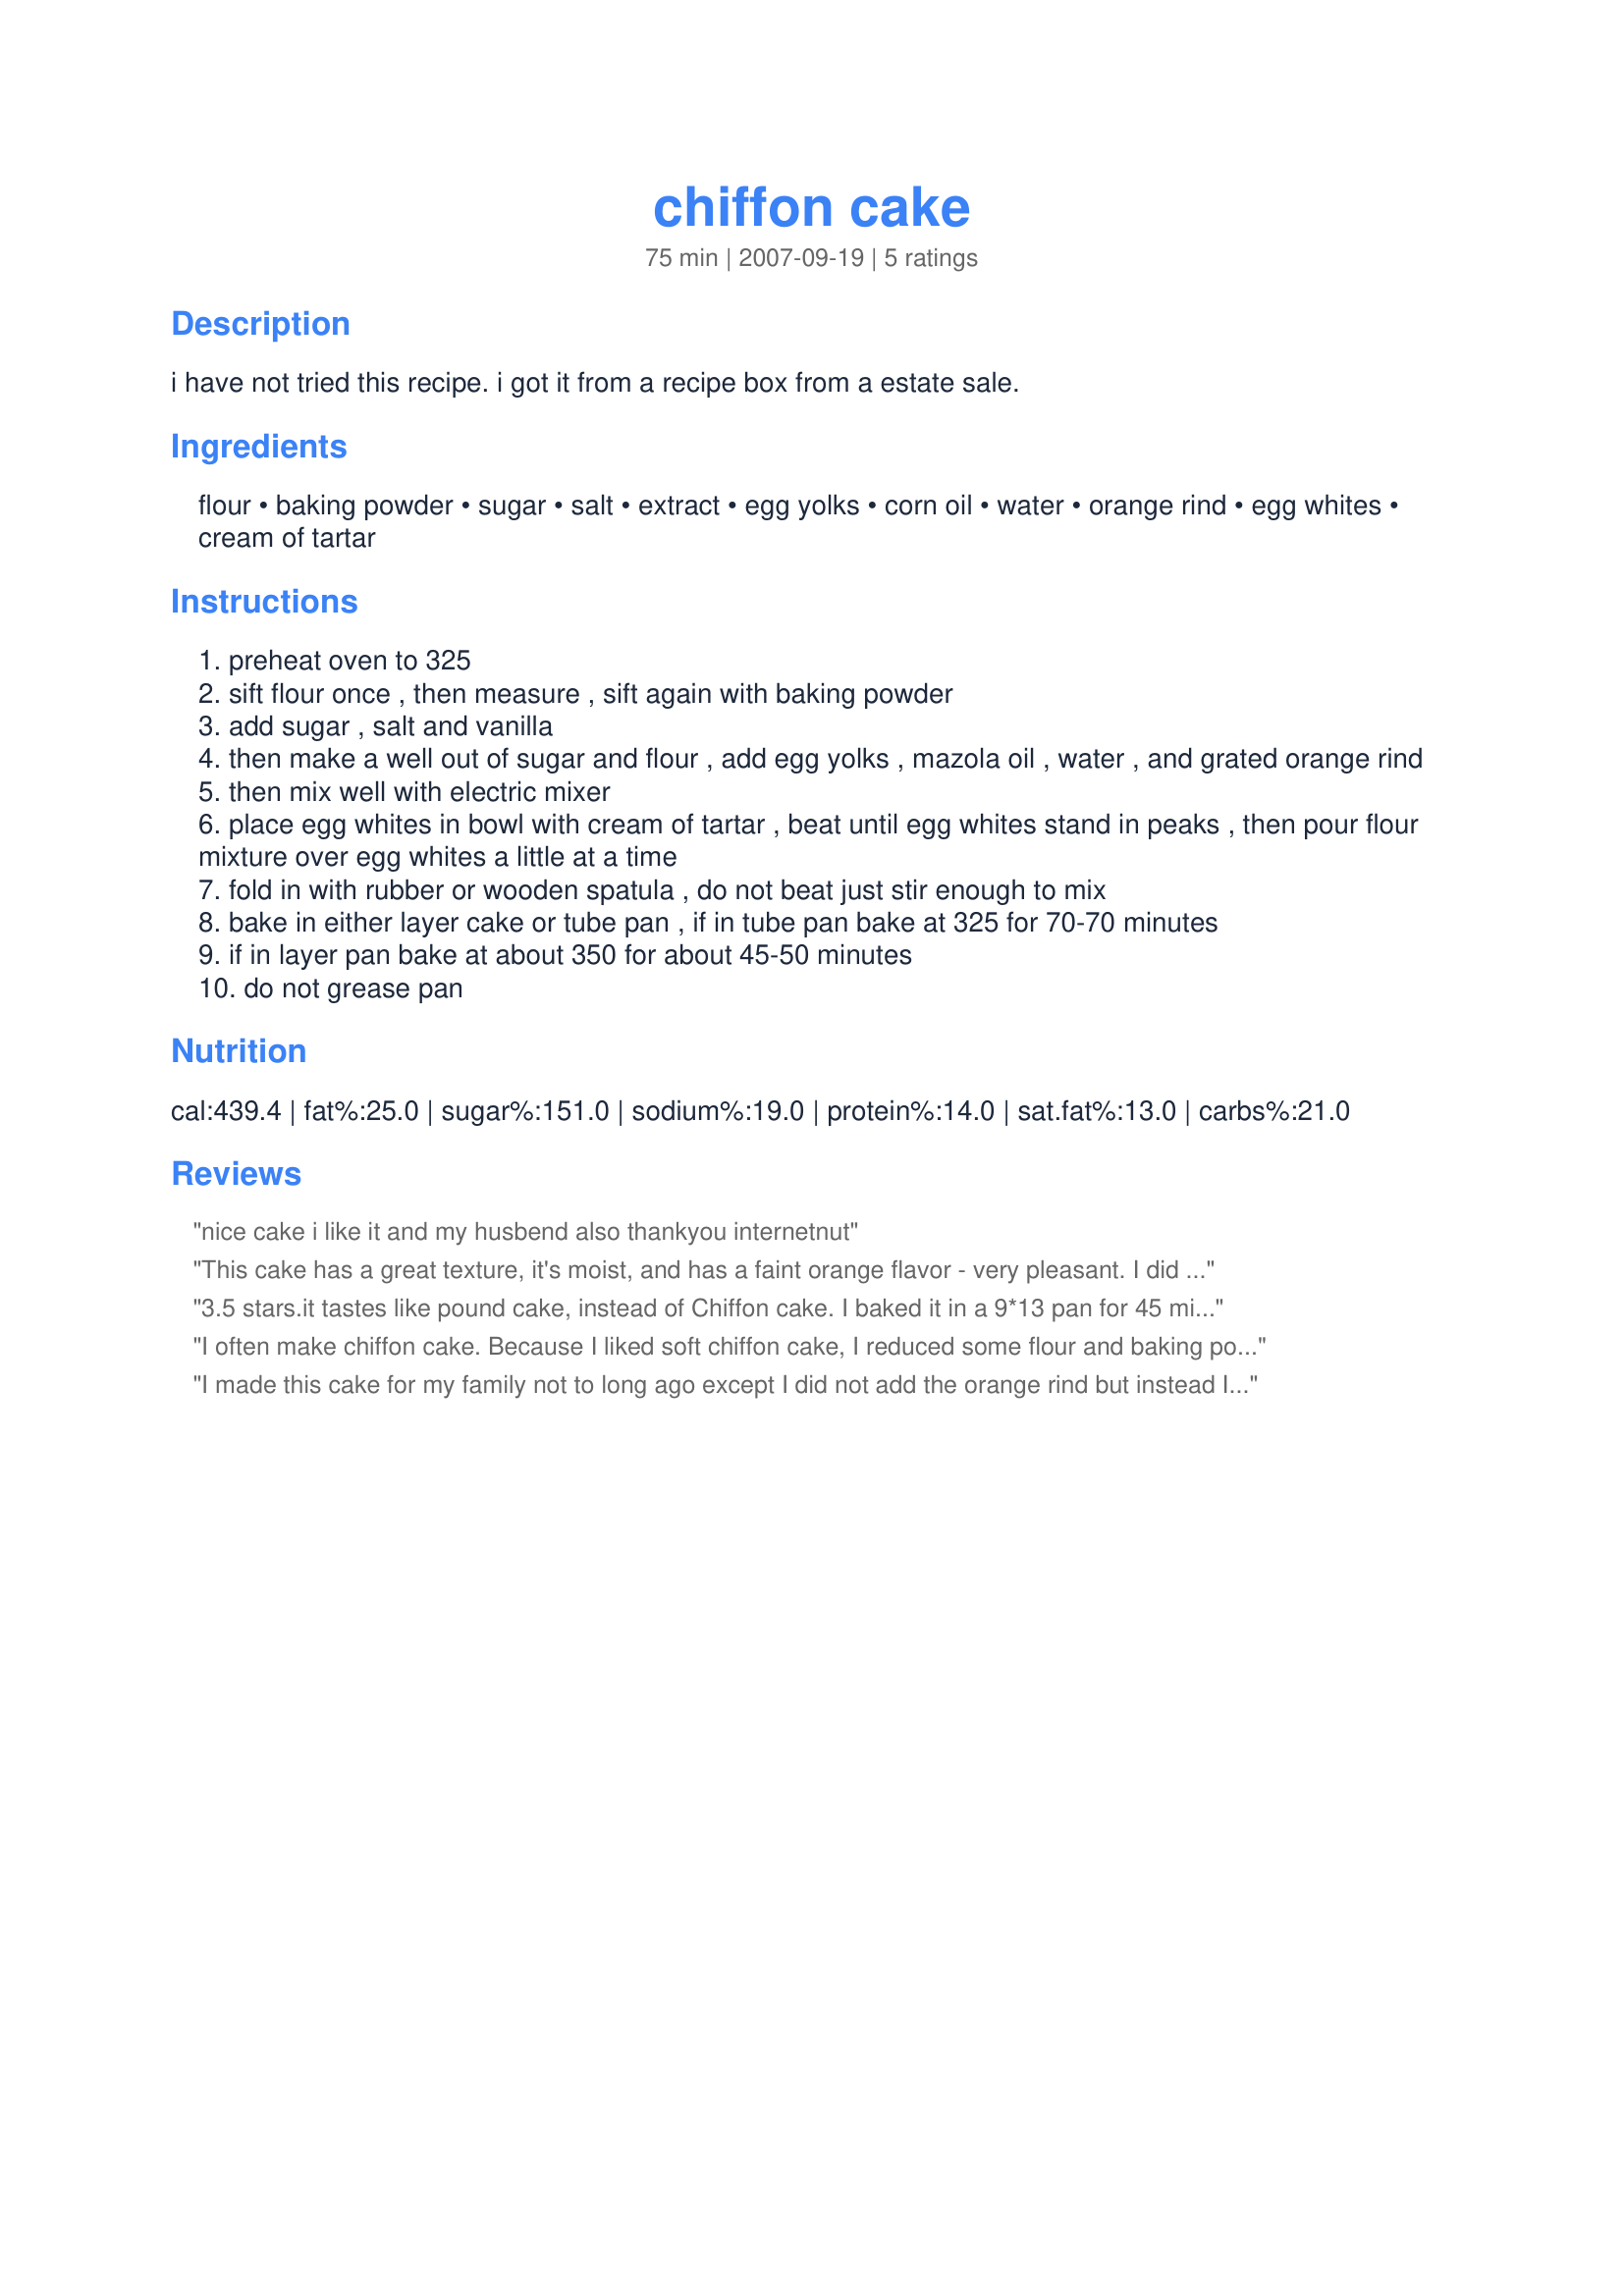
chiffon cake
Preparation time: 75 minutes

i have not tried this recipe. i got it from a recipe box from a estate sale.

Ingredients:
flour, baking powder, sugar, salt, extract, egg yolks, corn oil, water, orange rind, egg whites, cream of tartar

Steps:
preheat oven to 325
sift flour once , then measure , sift again with baking powder
add sugar , salt and vanilla
then make a well out of sugar and flour , add egg yolks , mazola oil , water , and grated orange rind
then mix well with electric mixer
place egg whites in bowl with cream of tartar , beat until egg whites stand in peaks , then pour flour mixture over egg whites a little at a time
fold in with rubber or wooden spatula , do not beat just stir enough to mix
bake in either layer cake or tube pan , if in tube pan bake at 325 for 70-70 minutes
if in layer pan bake at about 350 for about 45-50 minutes
do not grease pan

Reviews:
nice cake i like it and my husbend also
thankyou internetnut
This cake has a great texture, it's moist, and has a faint orange flavor - very pleasant. I did not frost it, but instead served it with fresh fruit and whipped cream.

Made for the Cake-A-Thon in memory of Chef-I-Am.
3.5 stars.it tastes like pound cake, instead of Chiffon cake. I baked it in a 9*13 pan for 45 mins in 350F. When I baked it, the whole house smells really good. My DH said it tastes pretty good. We both think It did not taste as fluffy as ones we had before. next time I will try to cut off the flour into 1 1/2 cup of flour.
I often make chiffon cake.

Because I liked soft chiffon cake, I reduced some flour and baking powder.
And I reduced one egg yolk.
I did not put oil, but it was very good.
When I made chiffon cake, I did this in the same way because I always made it without oil.

Yummy!!
The are light and flavorful.
Thank you very much!
I made this cake for my family not to long ago except I did not add the orange rind but instead I added strawberry extract. I really enjoyed the cake. It was so soft and easy to cut. It made so much and unfortunately went to waste. It was still a good cake.
